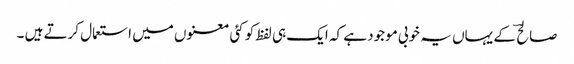
صالح ؔ کے یہاں یہ خوبی موجود ہے کہ ایک ہی لفظ کو کئی معنوں میں استعمال کرتے ہیں ۔